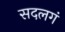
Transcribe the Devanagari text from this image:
सदलगं